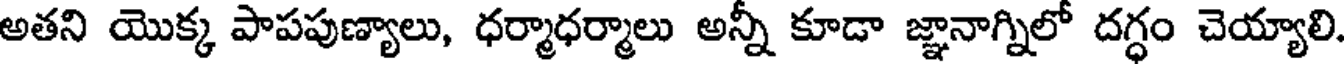
అతని యొక్క పాపపుణ్యాలు, ధర్మాధర్మాలు అన్నీ కూడా జ్ఞానాగ్నిలో దగ్ధం చెయ్యాలి.